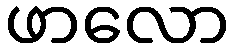
ဖာလော